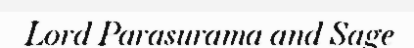
Lord Parasurama and Sage